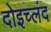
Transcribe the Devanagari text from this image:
दोइच्लंद